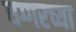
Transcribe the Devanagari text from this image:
घग्गरच्या